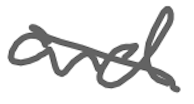
Text: and
Cross-out: diagonal
Writing tool: digital_gray